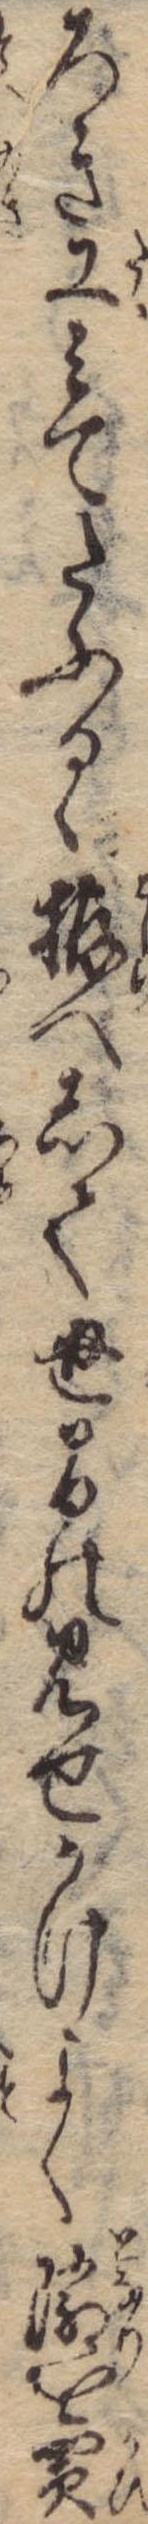
ろき工みてたふるゝ拵へして世間の見せかけよく隣を買